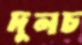
দুলচ